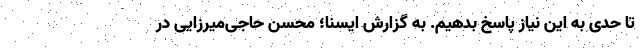
تا حدی به این نیاز پاسخ بدهیم. به گزارش ایسنا؛ محسن حاجی‌میرزایی در